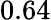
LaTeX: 0.64